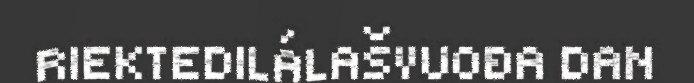
RIEKTEDILÁLAŠVUOĐA DAN